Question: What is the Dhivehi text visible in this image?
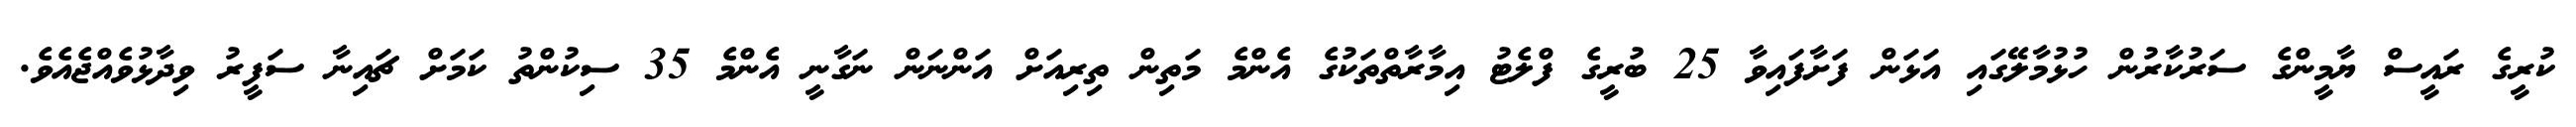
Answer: ކުރީގެ ރައީސް ޔާމީންގެ ސަރުކާރުން ހުޅުމާލޭގައި އަޅަން ފަށާފައިވާ 25 ބުރީގެ ފްލެޓު އިމާރާތްތަކުގެ އެންމެ މަތިން ތިރިއަށް އަންނަން ނަގާނީ އެންމެ 35 ސިކުންތު ކަމަށް ޗައިނާ ސަފީރު ވިދާޅުވެއްޖެއެވެ.